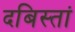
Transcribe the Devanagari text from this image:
दबिस्तां